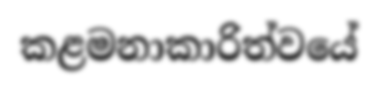
කළමනාකාරිත්වයේ